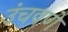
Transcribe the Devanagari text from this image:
उंचवणे